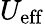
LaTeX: U_{\mathrm{eff}}